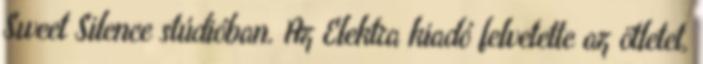
Sweet Silence stúdióban. Az Elektra kiadó felvetette az ötletet,